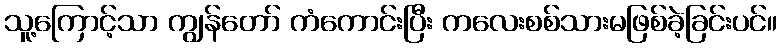
သူ့ကြောင့်သာ ကျွန်တော် ကံကောင်းပြီး ကလေးစစ်သားမဖြစ်ခဲ့ခြင်းပင်။